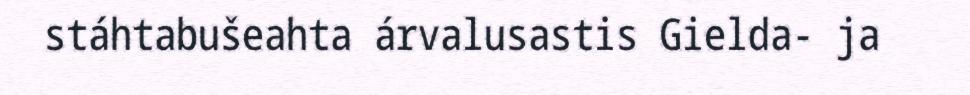
stáhtabušeahta árvalusastis Gielda- ja